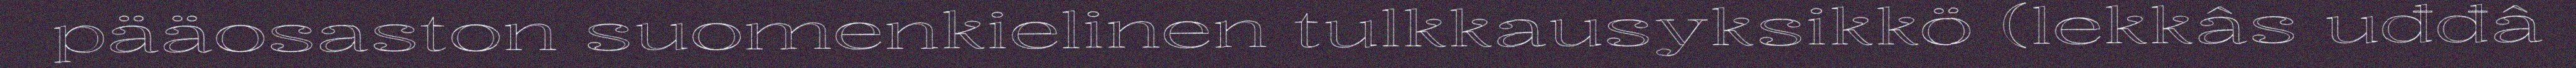
pääosaston suomenkielinen tulkkausyksikkö (lekkâs uđđâ